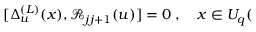
\lbrack \Delta _ { u } ^ { ( L ) } ( x ) , \mathcal { R } _ { j j + 1 } ( u ) ] = 0 \; , \quad x \in U _ { q } (